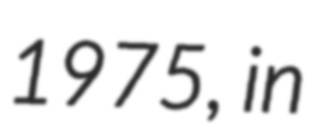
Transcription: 1975, in